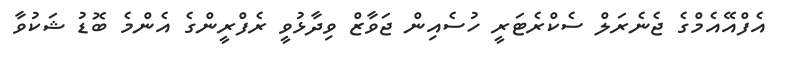
އެފްއޭއެމްގެ ޖެނެރަލް ސެކްރެޓަރީ ހުސެއިން ޖަވާޒް ވިދާޅުވީ ރެފްރީންގެ އެންމެ ބޮޑު ޝަކުވާ